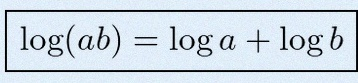
\log(ab)=\log a+\log b